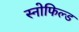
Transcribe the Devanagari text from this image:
स्‍नोफिल्‍ड